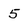
Character: 5